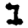
Digit: 1